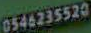
0546235520